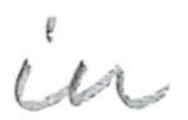
Text: in
Cross-out: clean
Writing tool: pencil